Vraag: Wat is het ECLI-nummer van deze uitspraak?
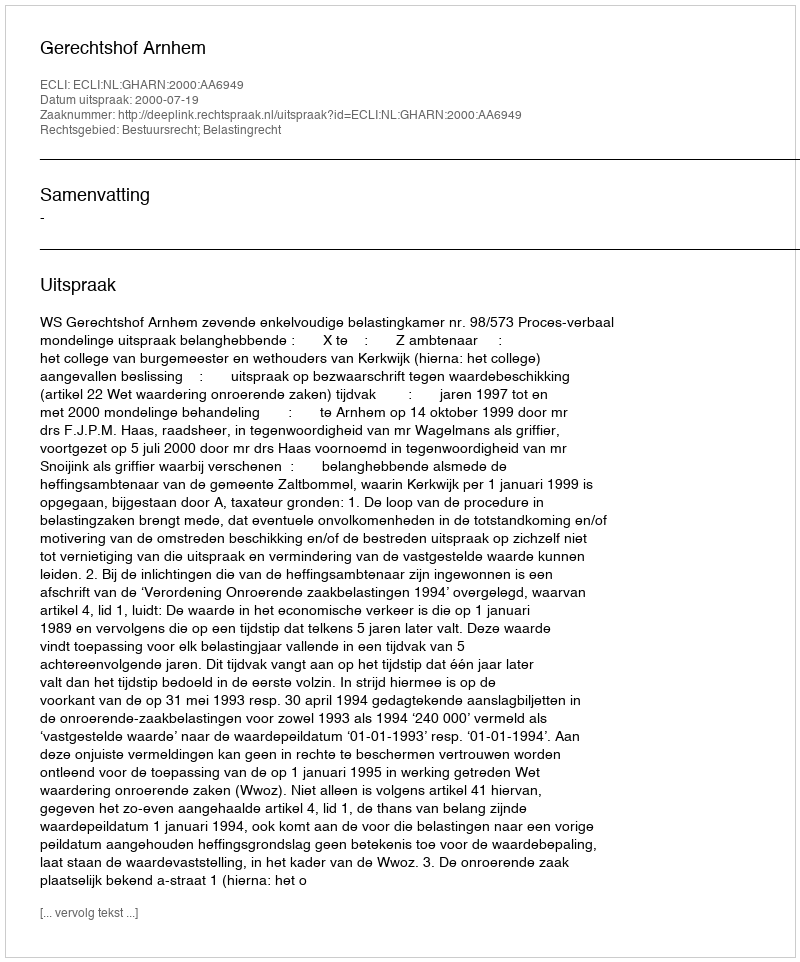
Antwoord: ECLI:NL:GHARN:2000:AA6949